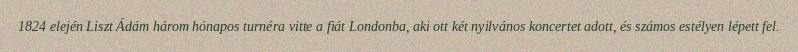
1824 elején Liszt Ádám három hónapos turnéra vitte a fiát Londonba, aki ott két nyilvános koncertet adott, és számos estélyen lépett fel.